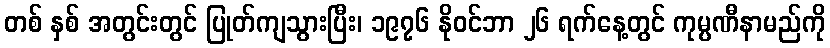
တစ် နှစ် အတွင်းတွင် ပြုတ်ကျသွားပြီး၊ ၁၉၇၆ နိုဝင်ဘာ ၂၆ ရက်နေ့တွင် ကုမ္ပဏီနာမည်ကို